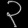
Digit: ၃